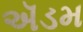
ઍડમ